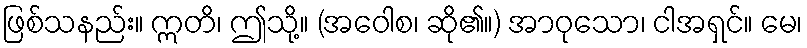
ဖြစ်သနည်း။ ဣတိ၊ ဤသို့။ (အဝေါစ၊ ဆို၏။) အာဝုသော၊ ငါအရှင်။ မေ၊